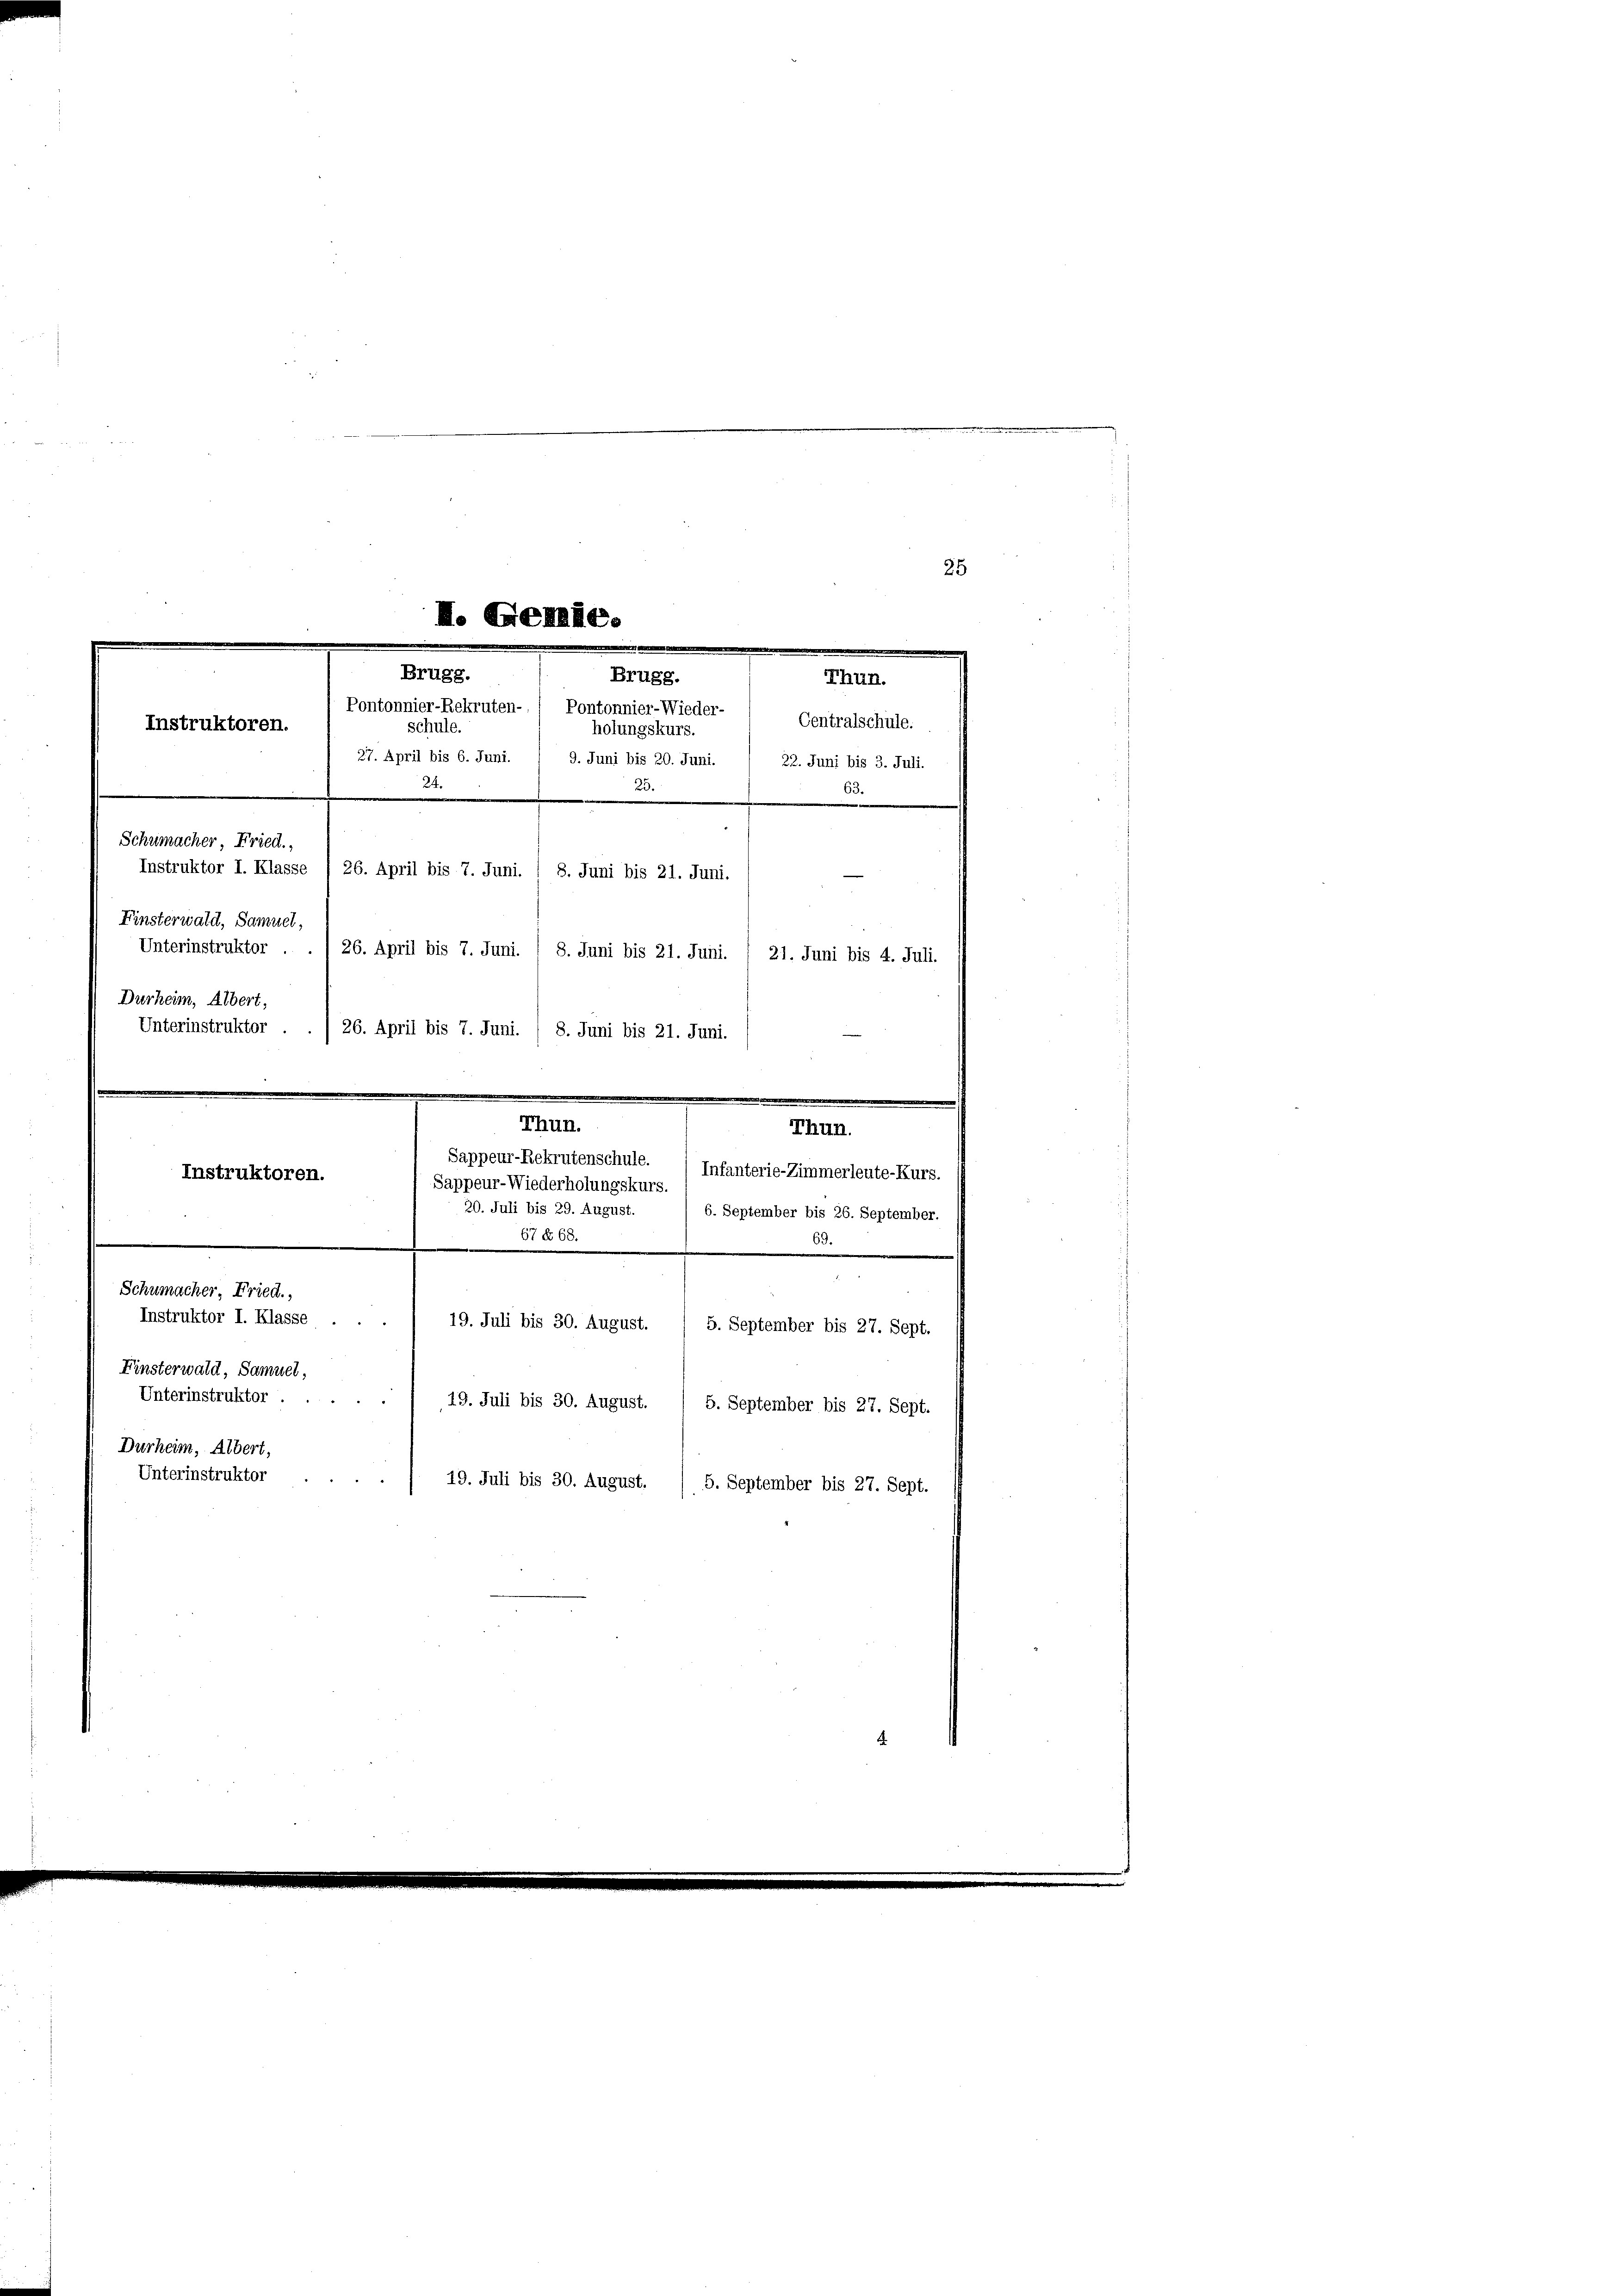
I. Genie.
Brugg.
Brugg.
Pontonnier-Rekruten-
Pontonnier-Wieder- 1 Centralschule.
Instruktoren.
schule.
holungskurs.
e

9. Juni bis 20. Juni. / 22. Juni bis 3. Juli.
24.
25.
Schumacher Fried.
Instruktor I. Klasse
26. April bis 7. Juni. 1 8. Juni bis 21. Juni.
Finsterwald, Samuel,
Unterinstruktor . .
26. April bis 7. Juni. 1 8. Juni bis 21. Juni.
Durheim, Albert,
Unterinstruktor ./
26. April bis 7. Juni. / 8. Juni bis 21. Juni.

27. April bis 6. Juni.

63.
21. Juni bis 4. Juli.
Thun.
TThun.
Sappeur-Rekrutenschule. / Infanterie-Zimmerleute-Kurs.
Instruktoren.
Sappeur-Wiederholungskurs.
20. Juli bis 29. August. / 6. September bis 26. September.
67t 60.
Schumacher, Fried.
Instruktor I. Klasse
19. Juli bis 30. August.
5. September bis 27. Sept.
Finsterwald, Samuel,
Unterinstruktor .
2
19. Juli bis 30. August. / 5. September bis 27. Sept.
Durheim, Albert,
Unterinstruktor
19. Juli bis 30. August. / 5. September bis 27. Sept.

Thun.

25